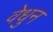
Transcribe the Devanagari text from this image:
वेधुन